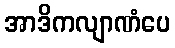
အာဒိကလျာဏံပေ